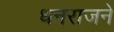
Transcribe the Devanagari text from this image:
धनराजने